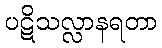
ပဋိသလ္လာနရတာ